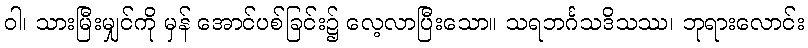
ဝါ၊ သားမြီးမျှင်ကို မှန် အောင်ပစ်ခြင်း၌ လေ့လာပြီးသော။ သရဘင်္ဂသဒိသဿ၊ ဘုရားလောင်း